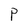
Character: P